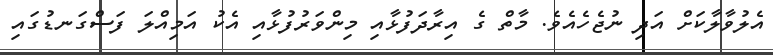
އެލުވާލާކަށް އަދި ނުޖެހެއެވެ. މާތް ގެ އިރާދަފުޅާއި މިންވަރުފުޅާއި އެކު އަމިއްލަ ފަސްގަނޑުގައި